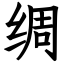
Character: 绸